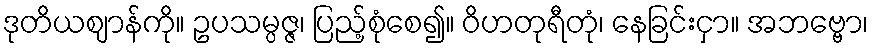
ဒုတိယဈာန်ကို။ ဥပသမ္ပဇ္ဇ၊ ပြည့်စုံစေ၍။ ဝိဟတုရီတုံ၊ နေခြင်းငှာ။ အဘဗ္ဗော၊